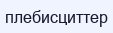
плебисциттер